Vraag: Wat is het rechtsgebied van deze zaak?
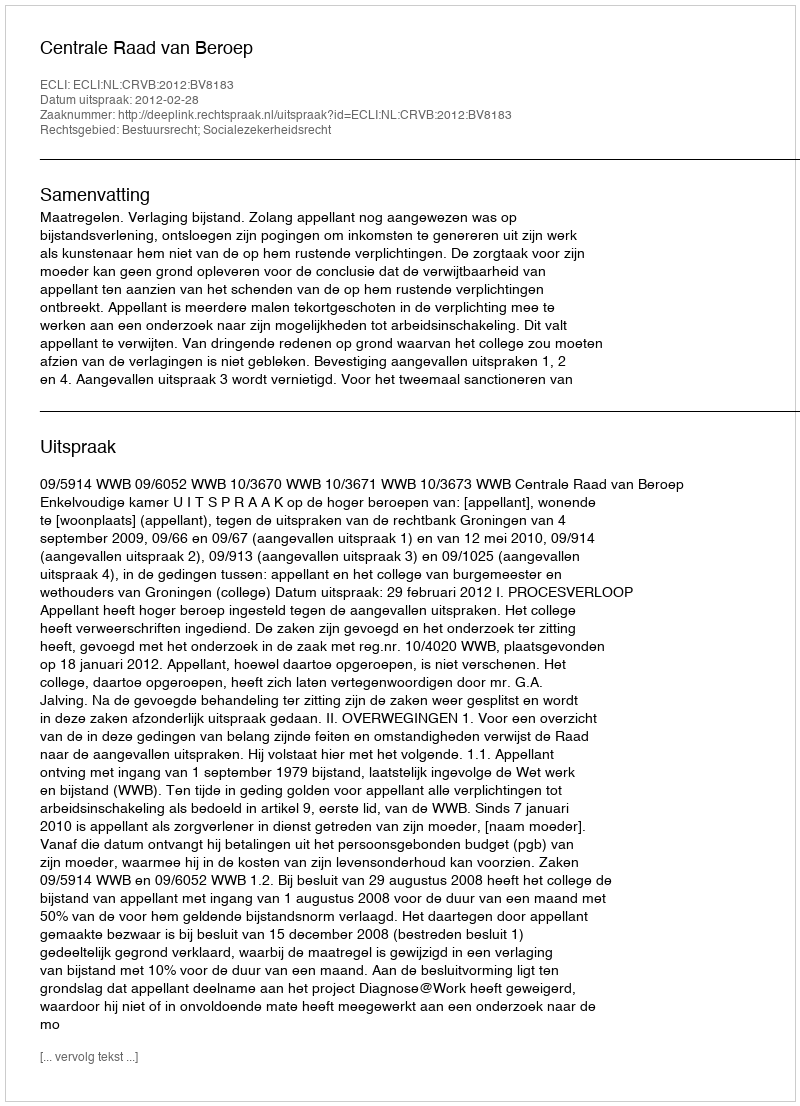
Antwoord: Bestuursrecht; Socialezekerheidsrecht